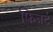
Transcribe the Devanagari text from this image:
फिन्नर्ट